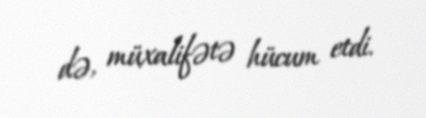
də, müxalifətə hücum etdi.